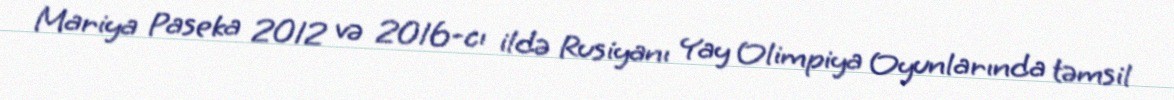
Mariya Paseka 2012 və 2016-cı ildə Rusiyanı Yay Olimpiya Oyunlarında təmsil